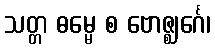
သတ္တ ဓမ္မေ စ ဗောဇ္ဈင်္ဂေ၊